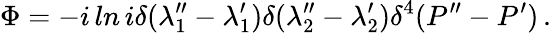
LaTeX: \Phi=-i\, ln\, i\delta(\lambda_{1}^{\prime\prime}-\lambda_{1}^{\prime})\delta(\lambda_{2}^{\prime\prime}-\lambda_{2}^{\prime})\delta^{4}(P^{\prime\prime}-P^{\prime})\, .